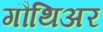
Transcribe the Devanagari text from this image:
गौथिअर